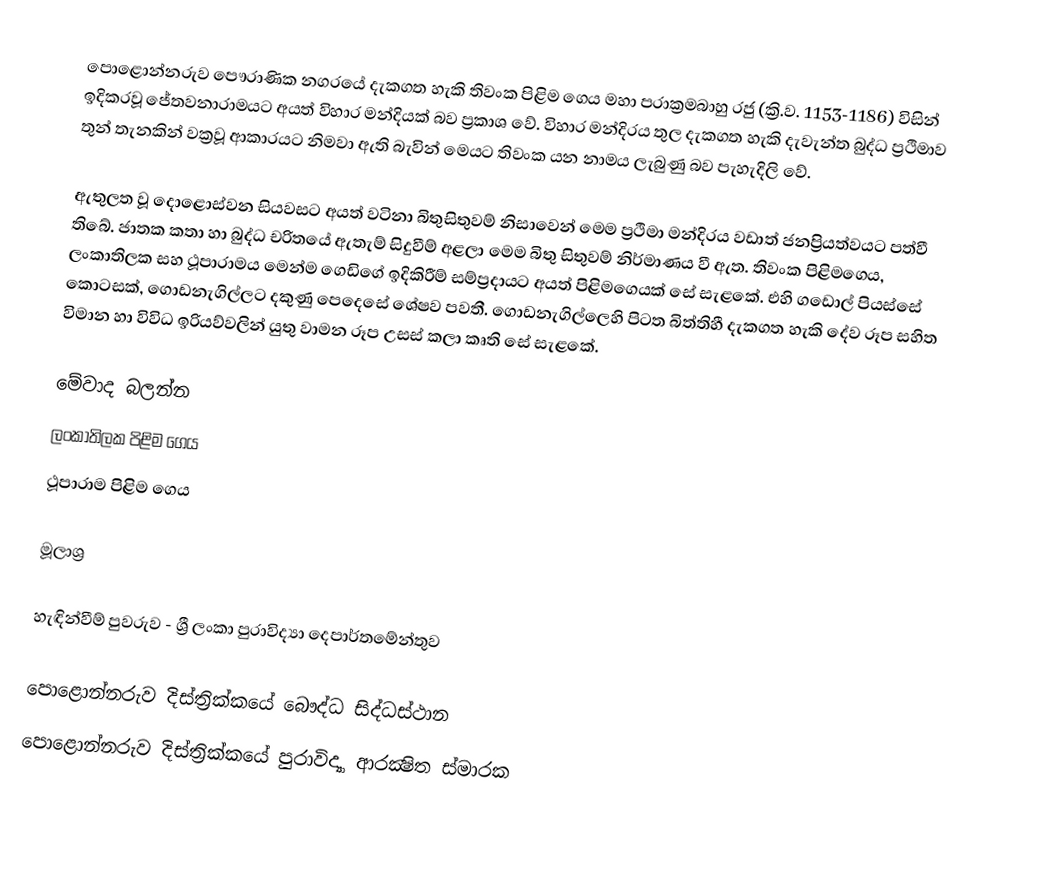
පොළොන්නරුව පෞරාණික නගරයේ දැකගත හැකි තිවංක පිළිම ගෙය මහා පරාක්‍රමබාහු රජු (ක්‍රි.ව. 1153-1186) විසින් ඉදිකරවූ ජේතවනාරාමයට අයත් විහාර මන්දියක් බව ප්‍රකාශ වේ. විහාර මන්දිරය තුල දැකගත හැකි දැවැන්ත බුද්ධ ප්‍රථිමාව තුන් තැනකින් වක්‍රවූ ආකාරයට නිමවා ඇති බැවින් මෙයට තිවංක යන නාමය ලැබුණු බව පැහැදිලි වේ.

ඇතුලත වූ දොළොස්වන සියවසට අයත් වටිනා බිතුසිතුවම් නිසාවෙන් මෙම ප්‍රථිමා මන්දිරය වඩාත් ජනප්‍රියත්වයට පත්වී තිබේ. ජාතක කතා හා බුද්ධ චරිතයේ ඇතැම් සිදුවීම් අළලා මෙම බිතු සිතුවම් නිර්මාණය වී ඇත. තිවංක පිළිමගෙය, ලංකාතිලක සහ ථූපාරාමය මෙන්ම ගෙඩිගේ ඉදිකිරීම් සම්ප්‍රදායට අයත් පිළිමගෙයක් සේ සැළකේ. එහි ගඩොල් පියස්සේ කොටසක්, ගොඩනැගිල්ලට දකුණු පෙදෙසේ ශේෂව පවතී. ගොඩනැගිල්ලෙහි පිටත බිත්තිහී දැකගත හැකි දේව රූප සහිත විමාන හා විවිධ ඉරියව්වලින් යුතු වාමන රූප උසස් කලා කෘති සේ සැළකේ.

මේවාද බලන්න
ලංකාතිලක පිළිම ගෙය
ථූපාරාම පිළිම ගෙය

මූලාශ්‍ර

හැඳින්වීම් පුවරුව - ශ්‍රී ලංකා පුරාවිද්‍යා දෙපාර්තමේන්තුව

පොළොන්නරුව දිස්ත්‍රික්කයේ බෞද්ධ සිද්ධස්ථාන
පොළොන්නරුව දිස්ත්‍රික්කයේ පුරාවිද්‍යා ආරක්‍ෂිත ස්මාරක